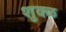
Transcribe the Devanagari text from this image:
शुक्ळ